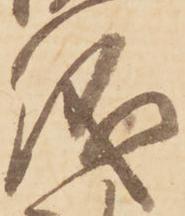
儀